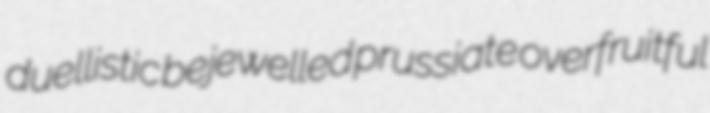
duellistic bejewelled prussiate overfruitful